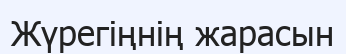
Жүрегіңнің жарасын